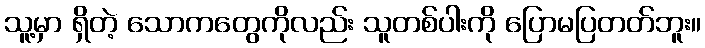
သူ့မှာ ရှိတဲ့ သောကတွေကိုလည်း သူတစ်ပါးကို ပြောမပြတတ်ဘူး။